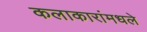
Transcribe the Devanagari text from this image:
कलाकारांमधले